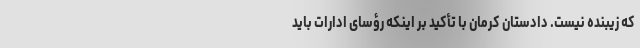
که زیبنده نیست. دادستان کرمان با تأکید بر اینکه رؤسای ادارات باید